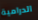
الدرامية